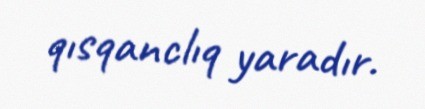
qısqanclıq yaradır.